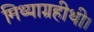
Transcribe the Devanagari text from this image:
मिथ्याग्रहीथी।